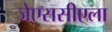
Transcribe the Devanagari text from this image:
जेएससीएला